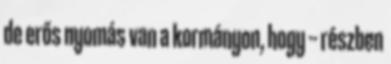
de erős nyomás van a kormányon, hogy -- részben